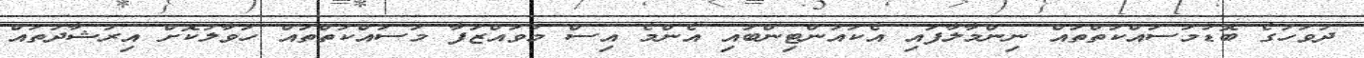
ދުވަހުގެ ބޮޑުމަސައްކަތްތައް ނިންމާލާފައި އެކައުންޓިންބައި އެންމެ އިސް މުވައްޒަފާ މަސައްކަތްތައް ހަވާލުކޮށް އިރުޝާދުތައް